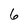
Character: 6